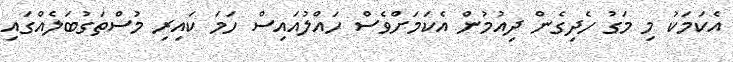
އެކަމަކު މި މަގު ހެދިގެން ދިއުމުން އެކަމަށްވެސް ހައްލުއައިސް ހަމަ ކައިރި މުސްތަގުބަލެއްގައި